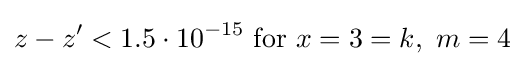
z-z'<1.5\cdot 10^{-15}{\text{ for }}x=3=k,~m=4